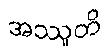
အဿူတိ